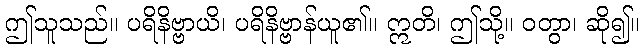
ဤသူသည်။ ပရိနိဗ္ဗာယိ၊ ပရိနိဗ္ဗာန်ယူ၏။ ဣတိ၊ ဤသို့။ ဝတွာ၊ ဆို၍။